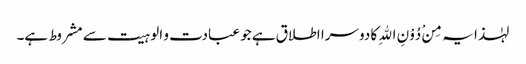
لہٰذا یہ مِنْ دُوْنِ اللهِ کا دوسرا اطلاق ہے جو عبادت و الوہیت سے مشروط ہے۔